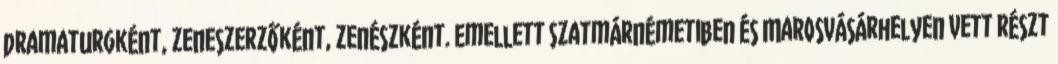
dramaturgként, zeneszerzőként, zenészként. Emellett Szatmárnémetiben és Marosvásárhelyen vett részt